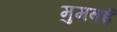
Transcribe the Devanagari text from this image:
मुमबई